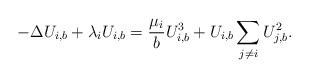
LaTeX: \begin{align*}-\Delta U_{i,b}+\lambda_i U_{i,b}=\frac{\mu_i}{b}U_{i,b}^3+U_{i,b} \sum_{j\neq i} U_{j,b}^2.\end{align*}